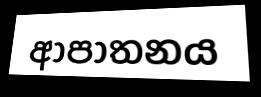
ආපාතනය